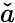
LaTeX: \check{a}